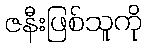
ဇနီးဖြစ်သူကို